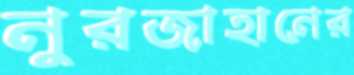
নুরজাহানের